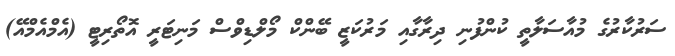
ސަރުކާރުގެ މުއާސަލާތީ ކުންފުނި ދިރާގާއި މަރުކަޒީ ބޭންކް މޯލްޑިވްސް މަނިޓަރީ އޮތޯރިޓީ (އެމްއެމްއޭ)